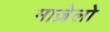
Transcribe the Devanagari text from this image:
माज़ेलो